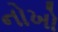
નોખો